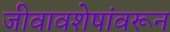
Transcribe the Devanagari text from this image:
जीवावशेषांवरून